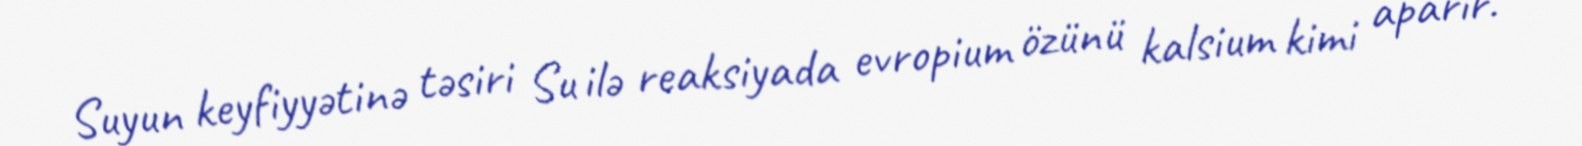
Suyun keyfiyyətinə təsiri Su ilə reaksiyada evropium özünü kalsium kimi aparır.